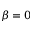
\beta = 0